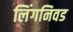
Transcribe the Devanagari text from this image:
लिंगनिवड